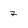
Character: 7